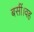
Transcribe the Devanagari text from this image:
बसीं।वह